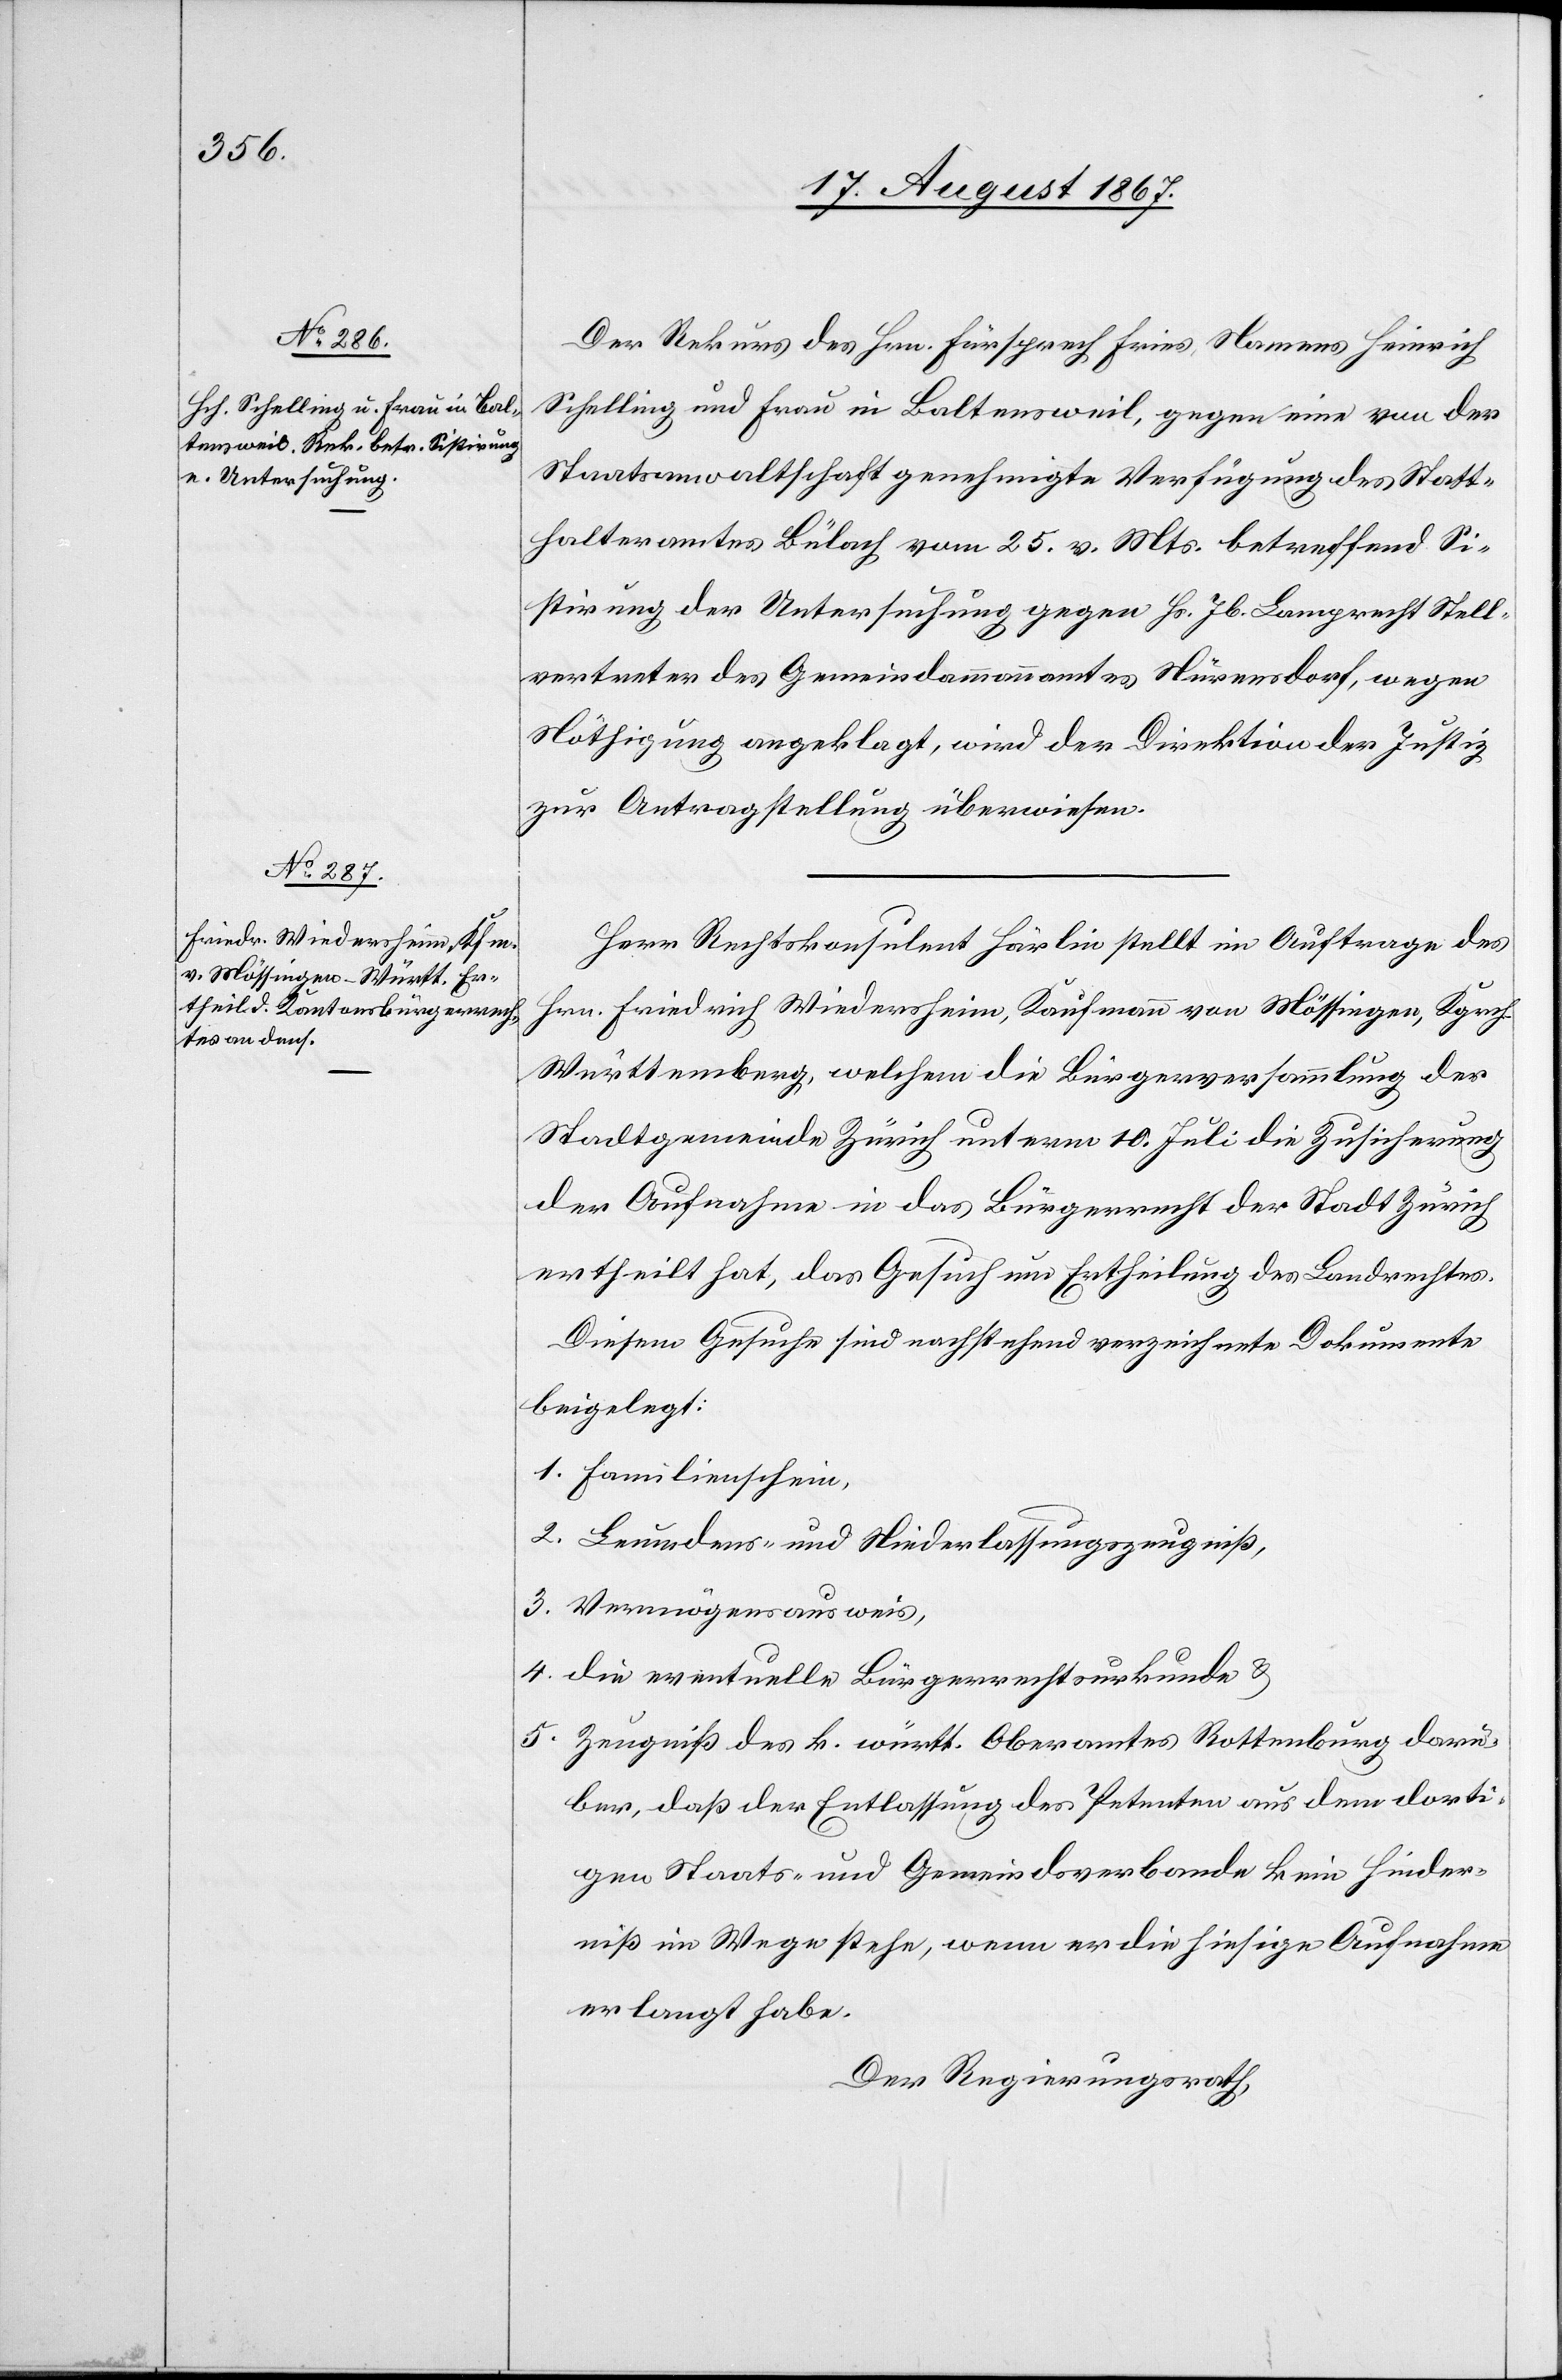
17. August 1867.]
Der Rekurs des Hrn. Fürsprech Fries, Namens Heinrich
Schelling und Frau in Baltensweil, gegen eine von der
Staatsanwaltschaft genehmigte Verfügung des Statt¬
halteramtes Bülach vom 25. v. Mts. betreffend Si¬
stirung der Untersuchung gegen Hs. Jb. Lamprecht Stell¬
vertreter des Gemeindammannamtes Nürensdorf, wegen
Nöthigung angeklagt, wird der Direktion der Justiz
zur Antragstellung überwiesen.
Herr Rechtskonsulent Hörlin stellt im Auftrage des
Hrn. Friedrich Wiederheim, Kaufmann von Mössingen, Kgrch.
Württemberg, welchem die Bürgerversammlung der
Stadtgemeinde Zürich unterm 10. Juli die Zusicherung
der Aufnahme in das Bürgerrecht der Stadt Zürich
ertheilt hat, das Gesuch um Ertheilung des Landrechtes.
Diesem Gesuche sind nachstehend verzeichnete Dokumente
beigelegt:
1. Familienschein.
2. Leumdens- und Niederlassungszeugniß,
3. Vermögensausweis,
4. die eventuelle Bürgerrechtsurkunde u.
5. Zeugniß des k. württ. Oberamtes Rottenburg darü¬
ber, daß der Entlassung des Petenten aus dem dorti¬
gen Staats- und Gemeindsverbande kein Hinder¬
niß im Wege stehe, wenn er die hiesige Aufnahme
erlangt habe.
Der Regierungsrath,